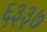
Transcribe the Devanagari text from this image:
६३३७